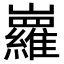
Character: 𡿏